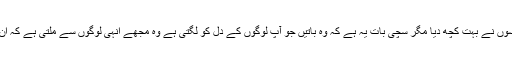
مجھے حلقہ ارباب ذوق اور اس طرح کے دیگر اداروں اور مجلسوں نے بہت کچھ دیا مگر سچی بات یہ ہے کہ وہ باتیں جو آپ لوگوں کے دل کو لگتی ہے وہ مجھے انہی لوگوں سے ملتی ہے کہ ان کا تعلق تلخ حقیقتوں اور ابدی سچائیوں سے براہ راست ہوتا ہے۔